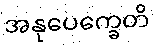
အနုပေက္ခေတိ